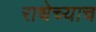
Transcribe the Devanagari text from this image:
राधेच्याच